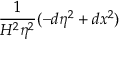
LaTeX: \frac 1 { H ^ { 2 } \eta ^ { 2 } } ( - d \eta ^ { 2 } + d x ^ { 2 } )